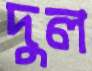
দুল